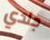
جلدي